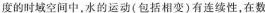
度的时域空间中，水的运动（包括相变）有连续性，在数